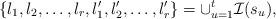
LaTeX: \begin{align*}\{l_1,l_2,\dots,l_r,l_1',l_2',\dots,l_r'\} = \cup_{u=1}^t \mathcal I(s_u),\end{align*}